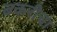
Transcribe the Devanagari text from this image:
बकरीचा